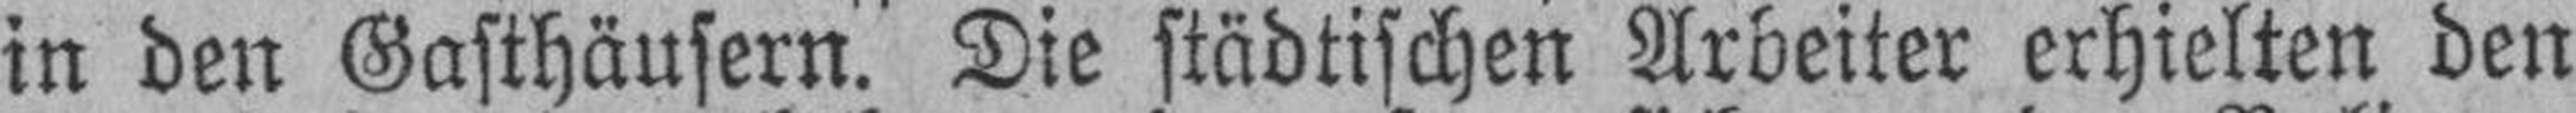
in den Gasthäusern. Die städtischen Arbeiter erhielten den